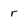
Character: r